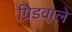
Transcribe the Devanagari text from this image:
ग्रिडवाले